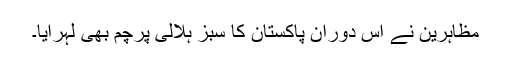
مظاہرین نے اس دوران پاکستان کا سبز ہلالی پرچم بھی لہرایا۔